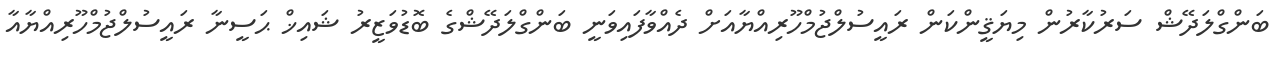
ބަންގްލަދޭޝް ސަރުކާރުން މިޔަޤީންކަން ރައީސުލްޖުމްހޫރިއްޔާއަށް ދެއްވާފައިވަނީ ބަންގްލަދޭޝްގެ ބޮޑުވަޒީރު ޝައިޚް ޙަސީނާ ރައީސުލްޖުމްހޫރިއްޔާއާ